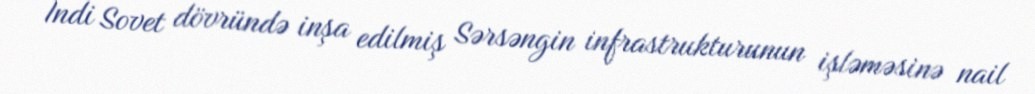
İndi Sovet dövründə inşa edilmiş Sərsəngin infrastrukturunun işləməsinə nail